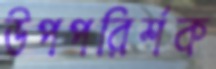
উপপরির্শক